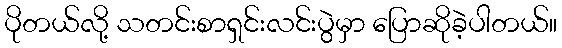
ပိုတယ်လို့ သတင်းစာရှင်းလင်းပွဲမှာ ပြောဆိုခဲ့ပါတယ်။